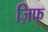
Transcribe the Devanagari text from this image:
ज़िफ